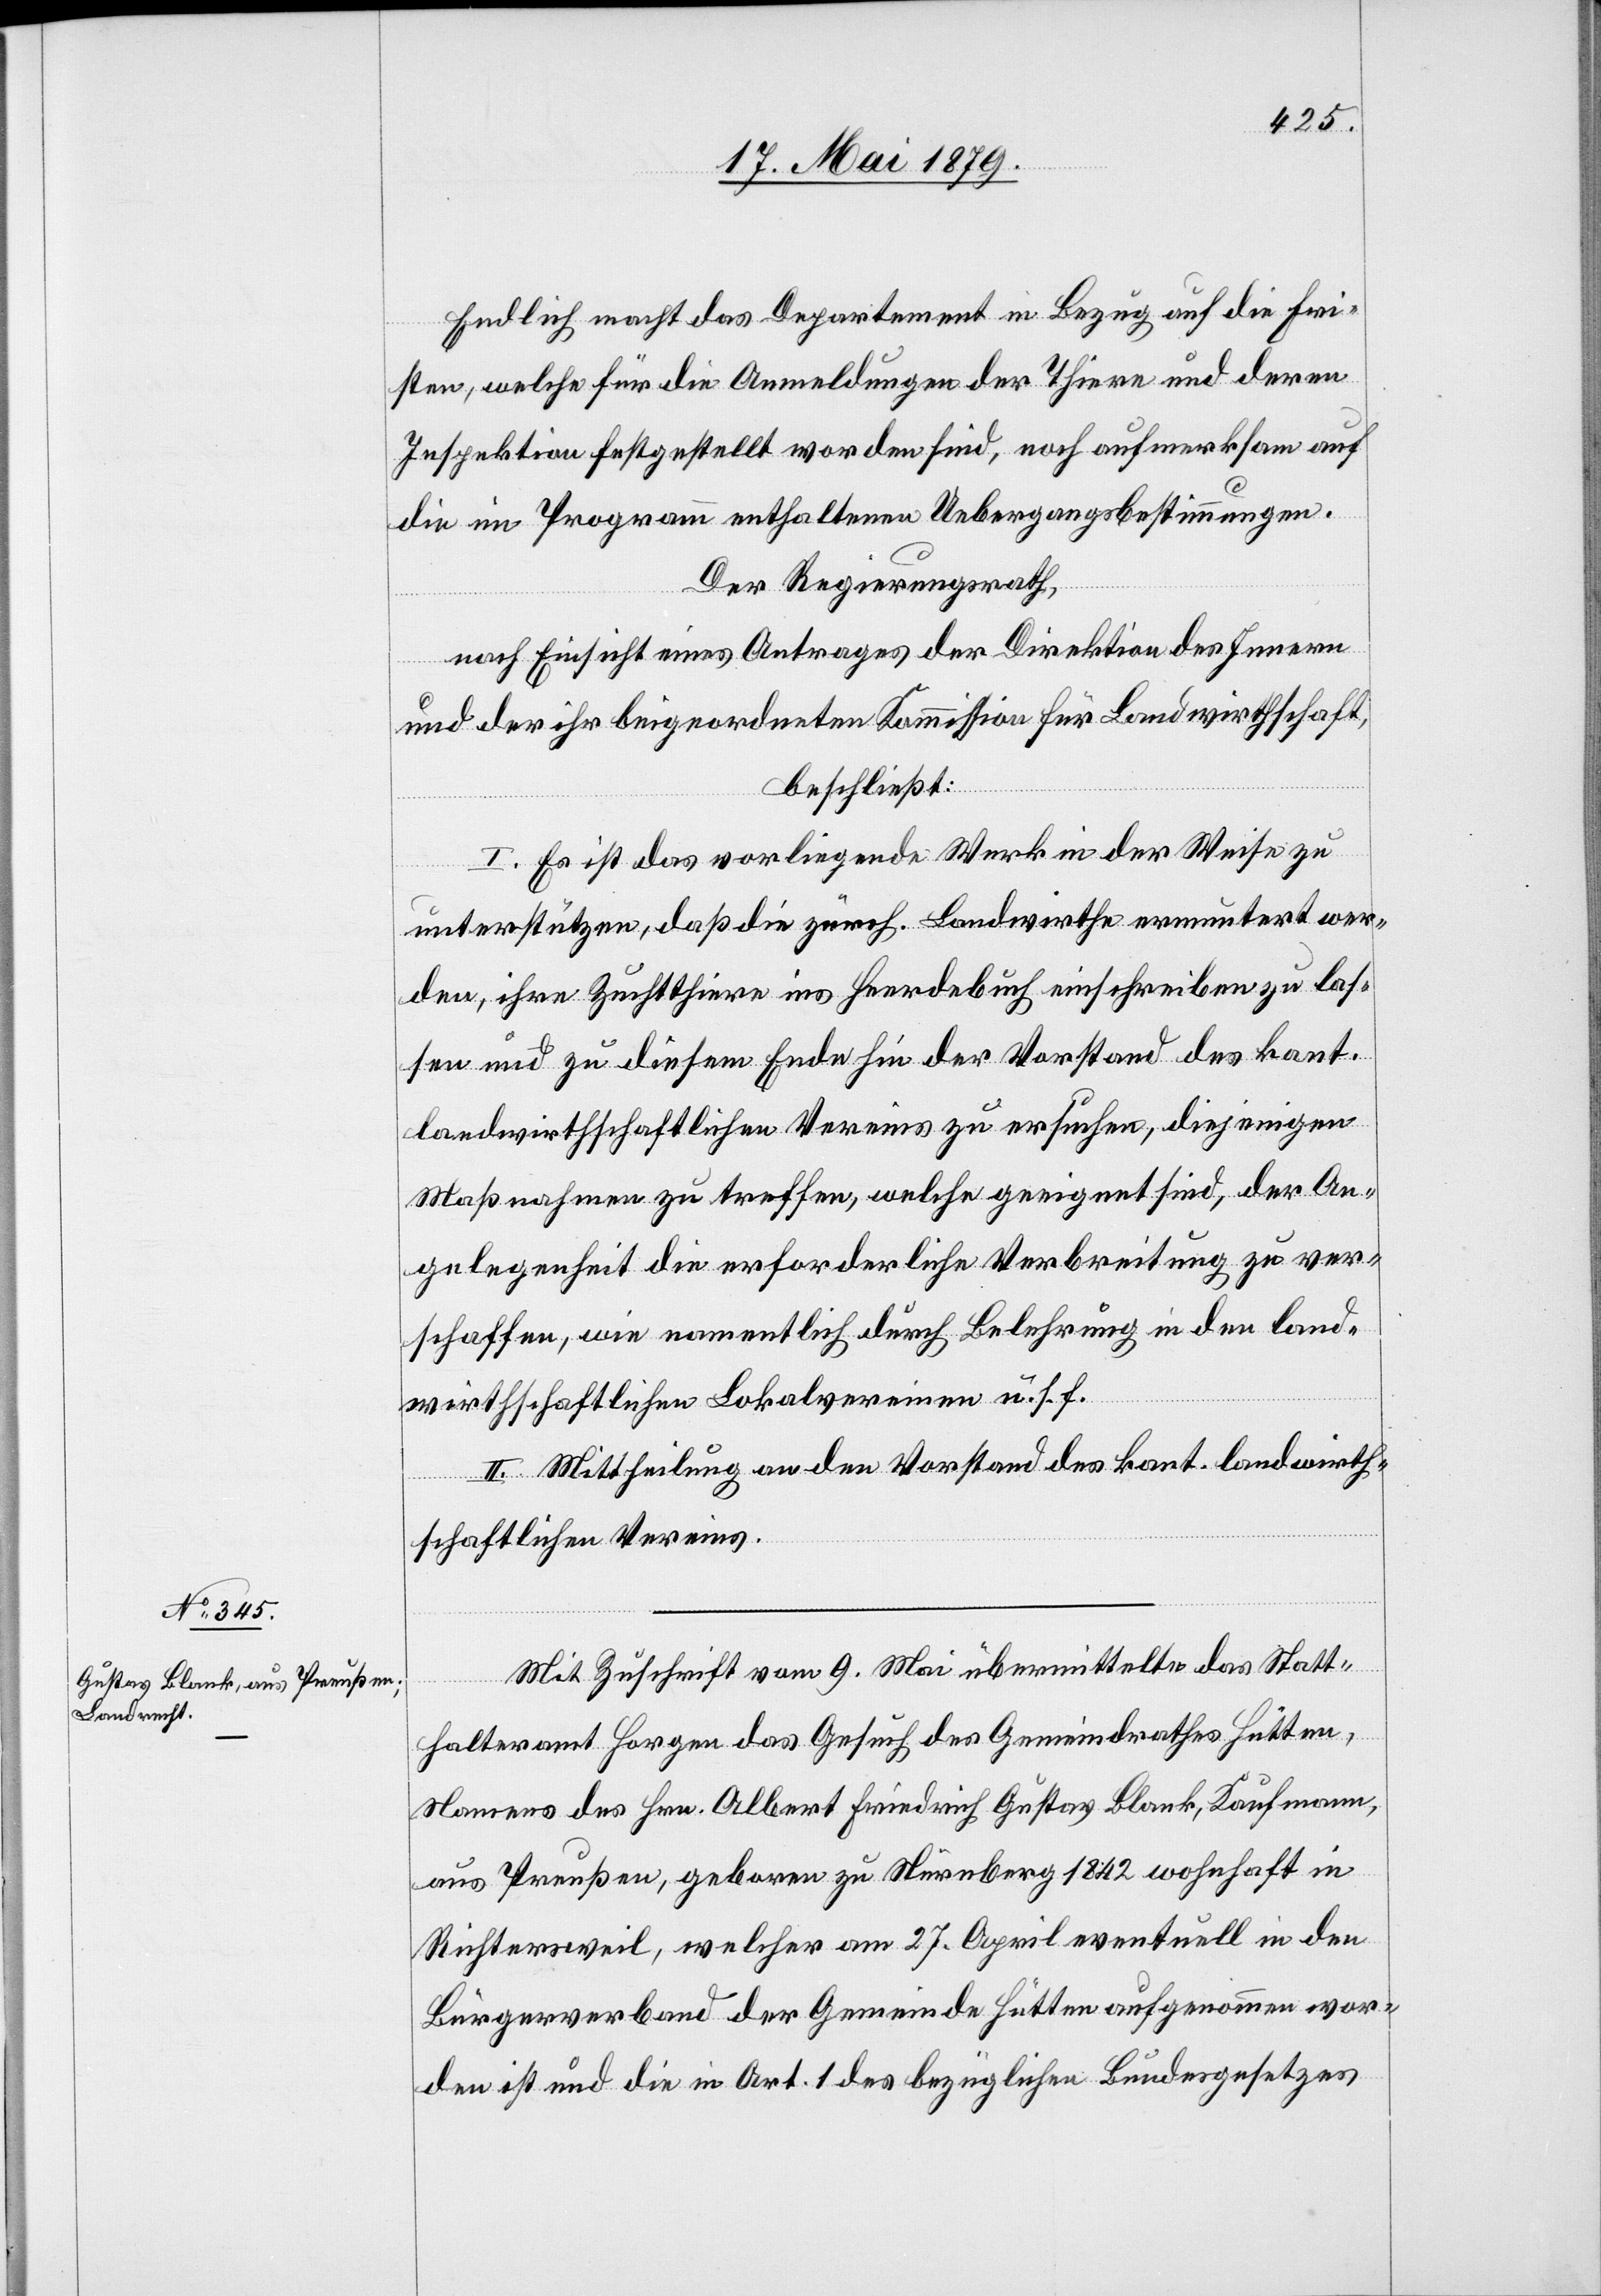
Endlich macht das Departement in Bezug auf die Fri¬
sten, welche für die Anmeldungen der Thiere und deren
Inspektion festgestellt worden sind, noch aufmerksam auf
die im Programm enthaltenen Uebergangsbestimmungen.
Der Regierungsrath,
nach Einsicht eines Antrages der Direktion des Innern
und der ihr beigeordneten Kommission für Landwirthschaft,
beschließt:
I. Es ist das vorliegende Werk in der Weise zu
unterstützen, daß die zürch. Landwirthe ermuntert wer¬
den, ihre Zuchtthiere ins Heerdebuch einschreiben zu las¬
sen und zu diesem Ende hin der Vorstand des kant.
landwirthschaftlichen Vereins zu ersuchen, diejenigen
Maßnahmen zu treffen, welche geeignet sind, der An¬
gelegenheit die erforderliche Verbreitung zu ver¬
schaffen, wie namentlich durch Belehrung in den land¬
wirthschaftlichen Lokalvereinen u. s. f.
II. Mittheilung an den Vorstand des kant. landwirth¬
schaftlichen Vereins.
Mit Zuschrift vom 9. Mai übermittelte das Statt¬
halteramt Horgen das Gesuch des Gemeindrathes Hütten,
Namens des Hrn. Albert Friedrich Gustav Blank, Kaufmann,
aus Preußen, geboren zu Nürnberg 1842 wohnhaft in
Richtersweil, welcher am 27. April eventuell in den
Bürgerverband der Gemeinde Hütten aufgenommen wor¬
den ist und die in Art. 1 des bezüglichen Bundesgesetzes